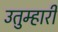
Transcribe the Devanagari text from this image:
उतुम्हारी